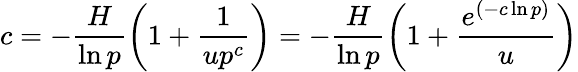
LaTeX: c=-\frac{H}{\ln p}\left(1+\frac{1}{up^{c}}\right)=-\frac{H}{\ln p}\left(1+\frac{e^{(-c\ln p)}}{u}\right)